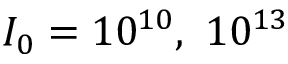
I _ { 0 } = 1 0 ^ { 1 0 } , \ 1 0 ^ { 1 3 }